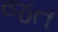
જત